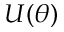
U ( \theta )